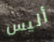
أليس